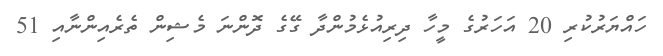
ހައްޔަރުކުރި 20 އަހަރުގެ މީހާ ދިރިއުޅެމުންދާ ގޭގެ ދޮންނަ މެޝިން ތެރެއިންނާއި 51